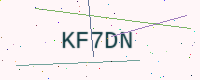
Text: KF7DN